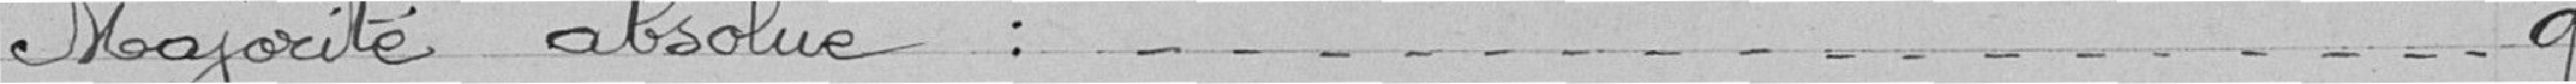
Majorité absolue : 9